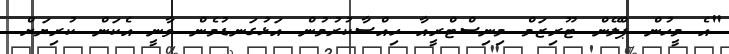
"އެ މީހުން ޕްލޭން ޓޫރިޒަމް މިނިސްޓްރީއާ ހިއްސާކުރުމުން އަޅުގަނޑުމެން ވާނީ އެކަން ކުރިޔަށް